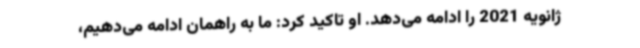
ژانویه 2021 را ادامه می‌دهد. او تاکید کرد: ما به راهمان ادامه می‌دهیم،